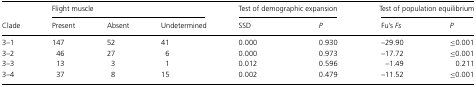
<table><thead><tr><td></td><td colspan="3"><b>Flight muscle</b></td><td colspan="2"><b>Test of demographic expansion</b></td><td colspan="2"><b>Test of population equilibrium</b></td></tr><tr><td><b>Clade</b></td><td><b>Present</b></td><td><b>Absent</b></td><td><b>Undetermined</b></td><td><b>SSD</b></td><td><b><i>P</i></b></td><td><b>Fu&#x27;s <i>Fs</i></b></td><td><b><i>P</i></b></td></tr></thead><tbody><tr><td>3–1</td><td>147</td><td>52</td><td>41</td><td>0.000</td><td>0.930</td><td>−29.90</td><td>≤0.001</td></tr><tr><td>3–2</td><td>46</td><td>27</td><td>6</td><td>0.000</td><td>0.973</td><td>−17.72</td><td>≤0.001</td></tr><tr><td>3–3</td><td>13</td><td>3</td><td>1</td><td>0.012</td><td>0.596</td><td>−1.49</td><td>0.211</td></tr><tr><td>3–4</td><td>37</td><td>8</td><td>15</td><td>0.002</td><td>0.479</td><td>−11.52</td><td>≤0.001</td></tr></tbody></table>